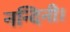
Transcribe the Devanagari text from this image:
नन्दिनी।